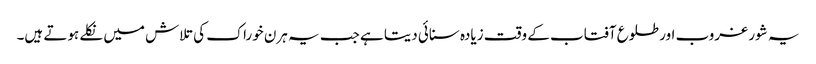
یہ شور غروب اور طلوع آفتاب کے وقت زیادہ سنائی دیتا ہے جب یہ ہرن خوراک کی تلاش میں نکلے ہوتے ہیں۔